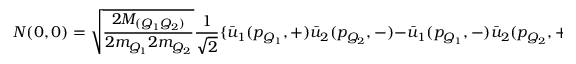
\displaystyle { \cal N } ( 0 , 0 ) = \sqrt { \frac { 2 M _ { ( Q _ { 1 } Q _ { 2 } ) } } { 2 m _ { Q _ { 1 } } 2 m _ { Q _ { 2 } } } } \frac { 1 } { \sqrt { 2 } } \{ \bar { u } _ { 1 } ( p _ { Q _ { 1 } } , + ) \bar { u } _ { 2 } ( p _ { Q _ { 2 } } , - ) - \bar { u } _ { 1 } ( p _ { Q _ { 1 } } , - ) \bar { u } _ { 2 } ( p _ { Q _ { 2 } } , + ) \} ,